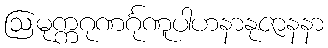
ဩမုက္ကဂုဏင်္ဂုဏူပါဟနာနုဇာနနာ